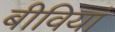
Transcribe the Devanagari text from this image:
बीवियां